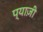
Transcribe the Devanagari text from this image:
प्याज़ी